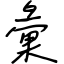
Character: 彙